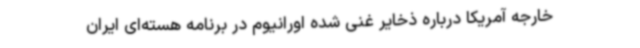
خارجه آمریکا درباره ذخایر غنی شده اورانیوم در برنامه هسته‌ای ایران